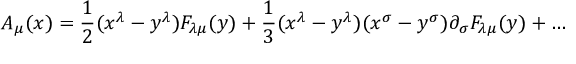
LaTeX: A _ { \mu } ( x ) = \frac { 1 } { 2 } ( x ^ { \lambda } - y ^ { \lambda } ) F _ { \lambda \mu } ( y ) + \frac { 1 } { 3 } ( x ^ { \lambda } - y ^ { \lambda } ) ( x ^ { \sigma } - y ^ { \sigma } ) \partial _ { \sigma } F _ { \lambda \mu } ( y ) + \ldots